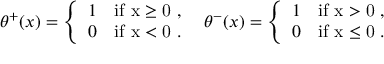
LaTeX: \theta ^ { + } ( x ) = \left\{ \begin{array} { l l } { { 1 } } & { { \mathrm { i f ~ x \geq 0 ~ , ~ } } } \\ { { 0 } } & { { \mathrm { i f ~ x < 0 ~ . ~ } } } \end{array} \right. \theta ^ { - } ( x ) = \left\{ \begin{array} { l l } { { 1 } } & { { \mathrm { i f ~ x > 0 ~ , ~ } } } \\ { { 0 } } & { { \mathrm { i f ~ x \leq 0 ~ . ~ } } } \end{array} \right.